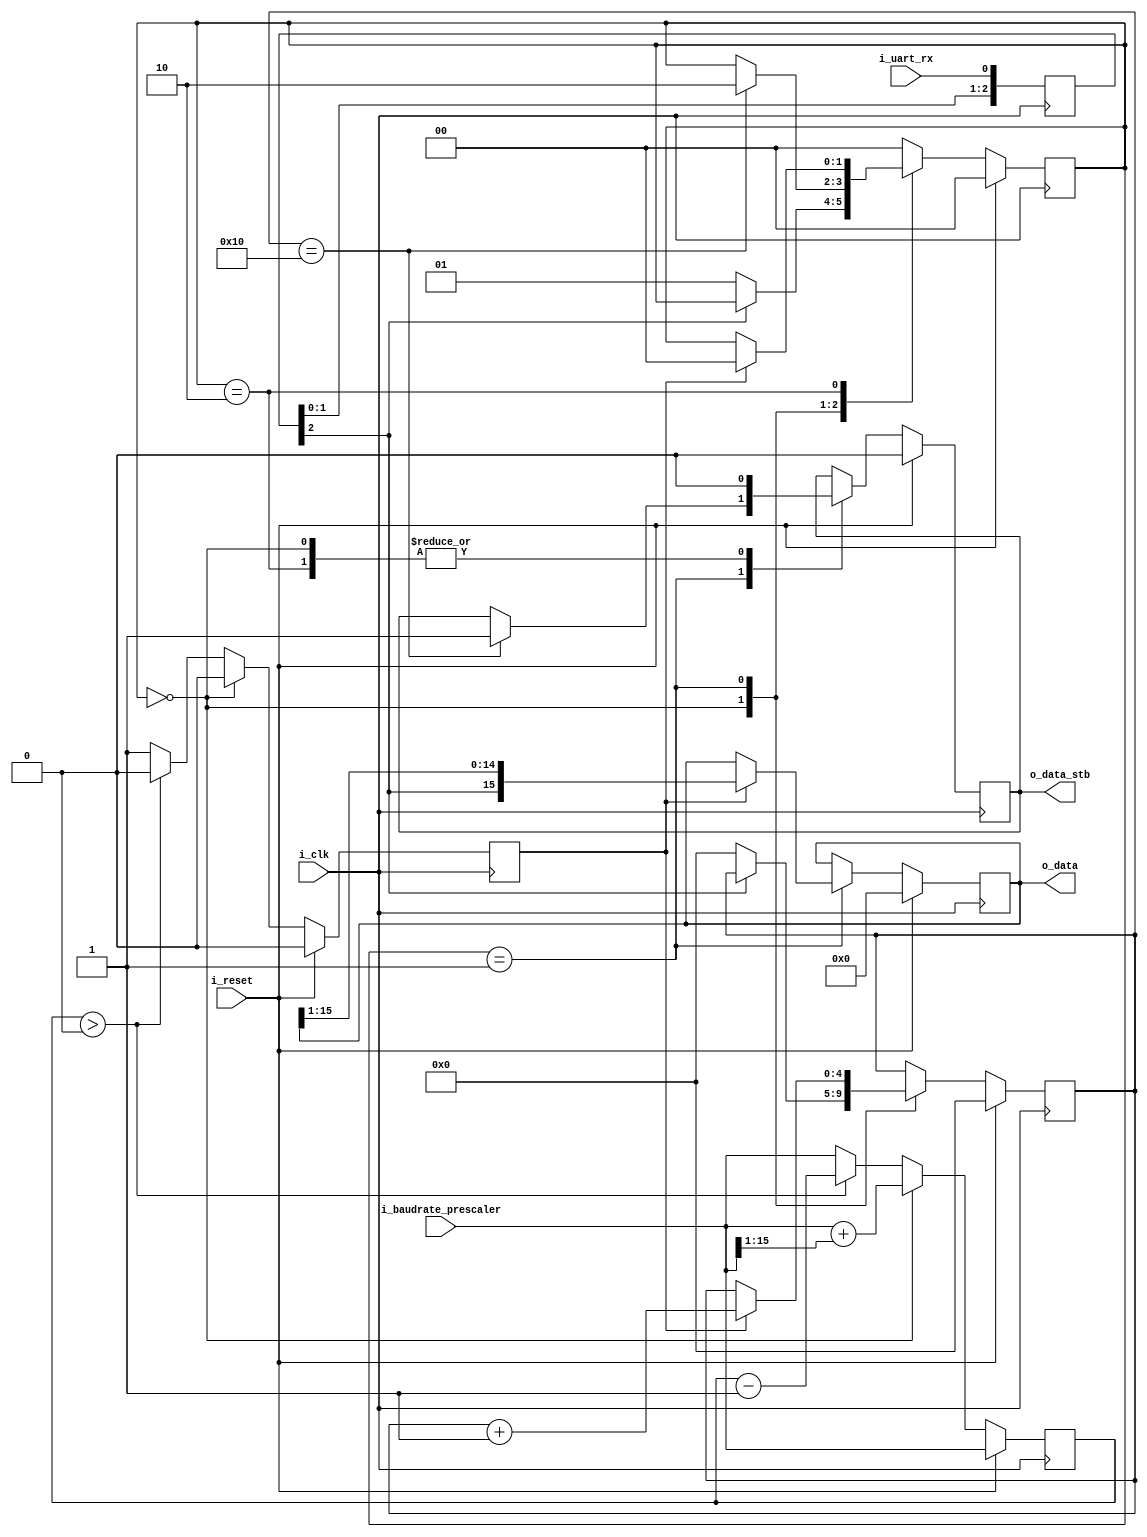
module uart_rx (
    // Global clock
    input wire i_clk,
    input wire i_reset,
    // Physical UART input
    input wire i_uart_rx,
    // Output data
    output wire [DATA_WIDTH-1:0] o_data,
    // Output data valid strobe
    output wire o_data_stb,
    // Prescaler reload value
    // Must be externally registered
    input wire [15:0] i_baudrate_prescaler
);

    parameter DATA_WIDTH = 16;

    // Delay latches for metastability
    reg [2:0] r_uart_rx;
    wire uart_rx = r_uart_rx[2];
    always @(posedge i_clk) begin
        r_uart_rx <= {r_uart_rx[1], r_uart_rx[0], i_uart_rx};
    end

    // Data register
    reg [DATA_WIDTH-1:0] r_data = 0;
    assign o_data = r_data;
    reg r_data_valid = 0;
    assign o_data_stb = r_data_valid;

    // Received bits counter
    reg [$clog2(DATA_WIDTH):0] r_rx_bit_count = 0;

    // State
    reg [1:0] state = s_IDLE;
    localparam
        s_IDLE = 0,
        s_RECEIVE = 1,
        s_STOP = 2;

    // Baudrate clock generator
    // When the logic is in s_IDLE, the prescaler counter is loaded with
    // 1.5 times the normal period so that we sample nicely in the middle
    // of each bit
    reg [15:0] r_prescaler_counter= 0;
    reg r_baud_clock;
    always @(posedge i_clk) begin
        if (i_reset) begin
            r_prescaler_counter <= i_baudrate_prescaler;
            r_baud_clock <= 0;
        end else begin
            if (state == s_IDLE) begin
                // Keep prescaler loaded with 1.5x the normal value for offset
                r_prescaler_counter <= (i_baudrate_prescaler + (i_baudrate_prescaler >> 1));
                r_baud_clock <= 0;
            end else begin
                if (r_prescaler_counter > 0) begin
                    r_prescaler_counter <= r_prescaler_counter - 1;
                    r_baud_clock <= 0;
                end else begin
                    r_baud_clock <= ~r_baud_clock;
                    r_prescaler_counter <= i_baudrate_prescaler;
                    r_baud_clock <= 1;
                end
            end
        end
    end

    // Receive logic
    always @(posedge i_clk) begin
        if (i_reset) begin
            r_data <= 0;
            r_data_valid <= 0;
            r_rx_bit_count <= 0;
            state <= s_IDLE;
        end else begin
            case (state)

            s_IDLE: begin
                // Wait for the uart data to go low for the start bit
                if (uart_rx == 1'b0) begin
                    r_rx_bit_count <= 0;
                    state <= s_RECEIVE;
                end
                // Clear DV line
                r_data_valid <= 1'b0;
            end

            s_RECEIVE: begin
                // If the rx baud clock pulsed, sample the RX data
                if (r_baud_clock) begin
                    // Sample the input data
                    r_data <= {uart_rx, r_data[DATA_WIDTH-1:1]};
                    // Increment the rx bit count
                    r_rx_bit_count <= r_rx_bit_count + 1;
                end

                // If we have received all the bits, strobe output and idle to
                // handle the stop bit
                if (r_rx_bit_count == DATA_WIDTH[$clog2(DATA_WIDTH):0]) begin
                    r_data_valid <= 1'b1;
                    state <= s_STOP;
                end
            end

            s_STOP: begin
                // Simply wait for one more clock of the baud clock so that
                // we do not accidentally re-trigger as the transmitter
                // goes to the stop bit
                if (r_baud_clock) begin
                    state <= s_IDLE;
                end
                r_data_valid <= 1'b0;
            end


            default: begin
                state <= s_IDLE;
            end

            endcase
        end
    end

endmodule